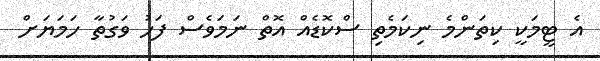
އެ ޓީމަކީ ކިތަންމެ ނިކަމެތި ސްކޮޑެއް އޮތް ނަމަވެސް ފަހު ވަގުތާ ހަމަޔަށް